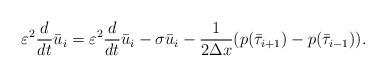
LaTeX: \begin{align*} \varepsilon^2 \dfrac{d}{dt} \bar u_i = \varepsilon^2 \dfrac{d}{dt} \bar u_i -\sigma \bar u_i -\dfrac{1}{2\Delta x}(p(\bar \tau_{i+1}) - p(\bar \tau_{i-1})). \end{align*}